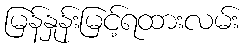
မြန်နှုန်းမြင့်ရထားလမ်း